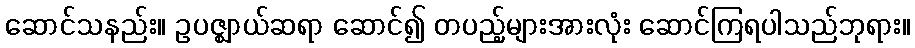
ဆောင်သနည်း။ ဥပဇ္ဈာယ်ဆရာ ဆောင်၍ တပည့်များအားလုံး ဆောင်ကြရပါသည်ဘုရား။